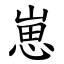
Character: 崽